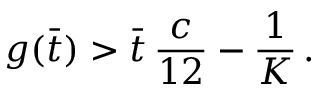
g ( \Bar { t } ) > \Bar { t } \, \frac { c } { 1 2 } - \frac { 1 } { K } \, .